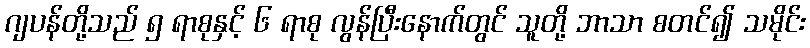
ဂျပန်တို့သည် ၅ ရာစုနှင့် ၆ ရာစု လွန်ပြီးနောက်တွင် သူတို့ ဘာသာ စတင်၍ သမိုင်း